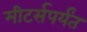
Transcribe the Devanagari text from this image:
मीटर्सपर्यंत